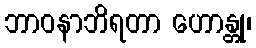
ဘာဝနာဘိရတာ ဟောန္တု၊